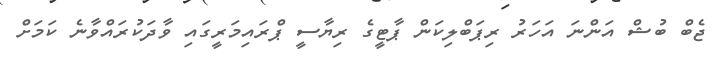
ޖެބް ބުޝް އަންނަ އަހަރު ރިޕަބްލިކަން ޕާޓީގެ ރިޔާސީ ޕްރައިމަރީގައި ވާދަކުރައްވާނެ ކަމަށް